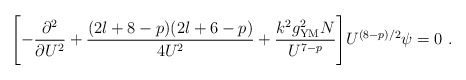
\begin{align*}\Biggl[ - \frac{\partial^2}{\partial U^2} + \frac{(2l + 8 - p)(2l +6 - p)}{4U^2} + \frac{k^2 g_{\rm YM}^2 N}{U^{7-p}} \Biggr]U^{(8-p)/2} \psi = 0\ . \end{align*}